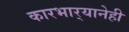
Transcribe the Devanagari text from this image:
कारभार्‍यानेही